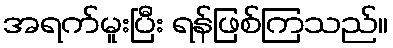
အရက်မူးပြီး ရန်ဖြစ်ကြသည်။